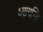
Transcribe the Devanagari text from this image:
ध्यायन्ति